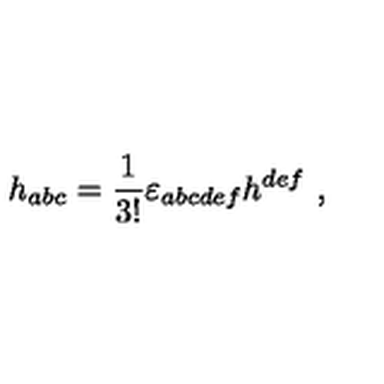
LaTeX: h _ { a b c } = { \frac { 1 } { 3 ! } } \varepsilon _ { a b c d e f } h ^ { d e f } \ ,